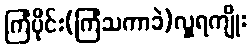
ကြံပိုင်း(ကြံသကာခဲ)လှူရကျိုး